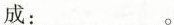
成： 。